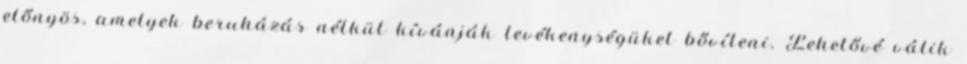
előnyös, amelyek beruházás nélkül kívánják tevékenységüket bővíteni. Lehetővé válik